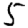
Digit: 5